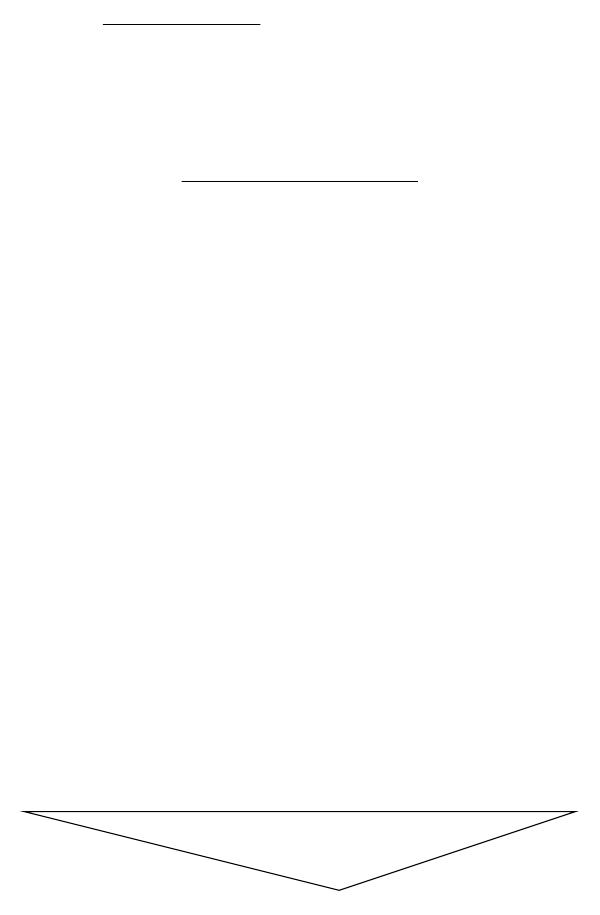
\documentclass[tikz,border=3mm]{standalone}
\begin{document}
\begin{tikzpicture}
\draw (3,10) rectangle (6,10);
\draw (4,12) rectangle (2,12);
\draw (1,2) -- (8,2) -- (5,1) -- cycle;
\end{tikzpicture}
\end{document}